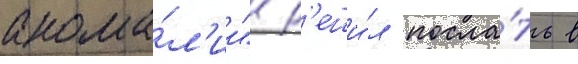
анома́л'ии" р'еши́л посла́ть в